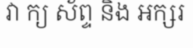
វា ក្យ ស័ព្ទ និង អក្សរ